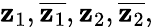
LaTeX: \mathbf{z}_{1},{\overline{{{\mathbf{z}_{1}}}}},\mathbf{z}_{2},{\overline{{{\mathbf{z}_{2}}}}},